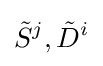
{\tilde {S}}^{j},{\tilde {D}}^{i}